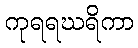
ကုရရဃရိကာ